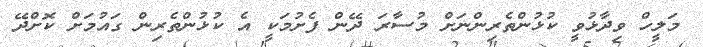
މަލީހް ވިދާޅުވީ ކުޅުންތެރިންނަށް މުސާރަ ދޭން ފެށުމަކީ އެ ކުޅުންތެރިން ގައުމަށް ކޮށްދޭ